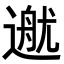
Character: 𨕳